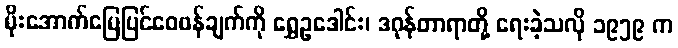
မိုးအောက်မြေပြင်ဝေဖန်ချက်ကို ရွှေဥဒေါင်း၊ ဒဂုန်တာရာတို့ ရေးခဲ့သလို ၁၉၅၉ က